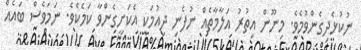
ނުކުޅެދިގެންވުމެވެ. މިނޫން އިތުރު އަލާމާތެއް ނުފެނި ދިއުމަކީ އެކަށީގެންވާ ކަމެކެވެ. ނަމަވެސް ބައެއް